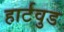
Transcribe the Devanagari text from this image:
हार्टवुड